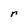
Character: r